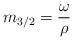
LaTeX: \begin{align*}m_{3/2}=\frac{\omega}{\rho}\end{align*}